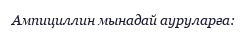
Ампициллин мынадай ауруларға: